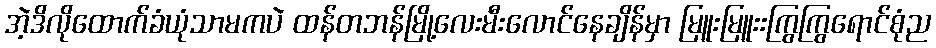
အဲ့ဒိလိုထောက်ခံယုံသာမကပဲ ထန်တဘန်မြို့လေးမီးလောင်နေချိန်မှာ မြူးမြူးးကြွကြွရောင်စုံည